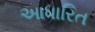
આધારિત